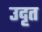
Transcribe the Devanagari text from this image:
उदृत